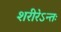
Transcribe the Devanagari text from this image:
शरीरेऽन्तः